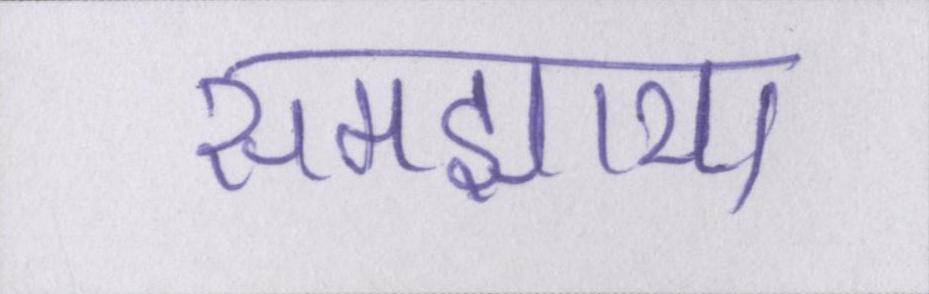
समझाया